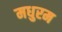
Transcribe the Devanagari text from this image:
मधुरम